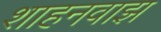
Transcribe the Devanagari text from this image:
शाहनवाझ